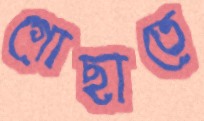
গোছাতে